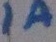
Text: 1A